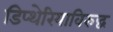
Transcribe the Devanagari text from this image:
डिप्थेरियाविरुद्ध